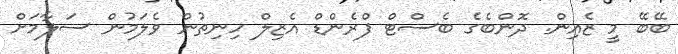
ބޭބޭ މީ ޒެއިން. ދޮންބެގެ ބެސްޓް ފްރެންޑް އެޒިލް ހިނިތުން ވެލަމުން ސަލާމަށް